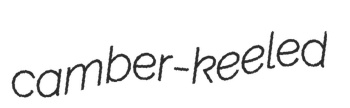
camber-keeled